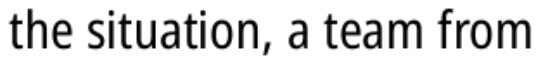
the situation, a team from